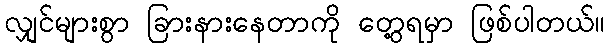
လျှင်များစွာ ခြားနားနေတာကို တွေ့ရမှာ ဖြစ်ပါတယ်။